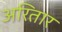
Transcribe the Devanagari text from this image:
अरितार